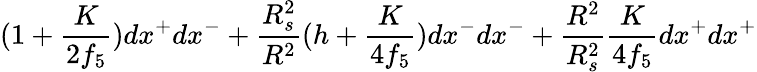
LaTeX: (1+\frac{K}{2f_{5}})dx^{+}dx^{-}+\frac{R_{s}^{2}}{R^{2}}(h+\frac{K}{4f_{5}})dx^{-}dx^{-}+\frac{R^{2}}{R_{s}^{2}}\frac{K}{4f_{5}}dx^{+}dx^{+}